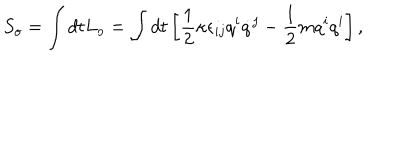
S _ { o } = \int d t L _ { o } = \int d t \left[ \frac { 1 } { 2 } { \kappa } \epsilon _ { i j } q ^ { i } \dot { q } ^ { j } - \frac { 1 } { 2 } m q ^ { i } q ^ { i } \right] ,